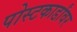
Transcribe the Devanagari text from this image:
पोस्टकार्डांवर